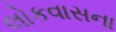
લોકવાસના